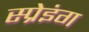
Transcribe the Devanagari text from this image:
स्प्रेइंग